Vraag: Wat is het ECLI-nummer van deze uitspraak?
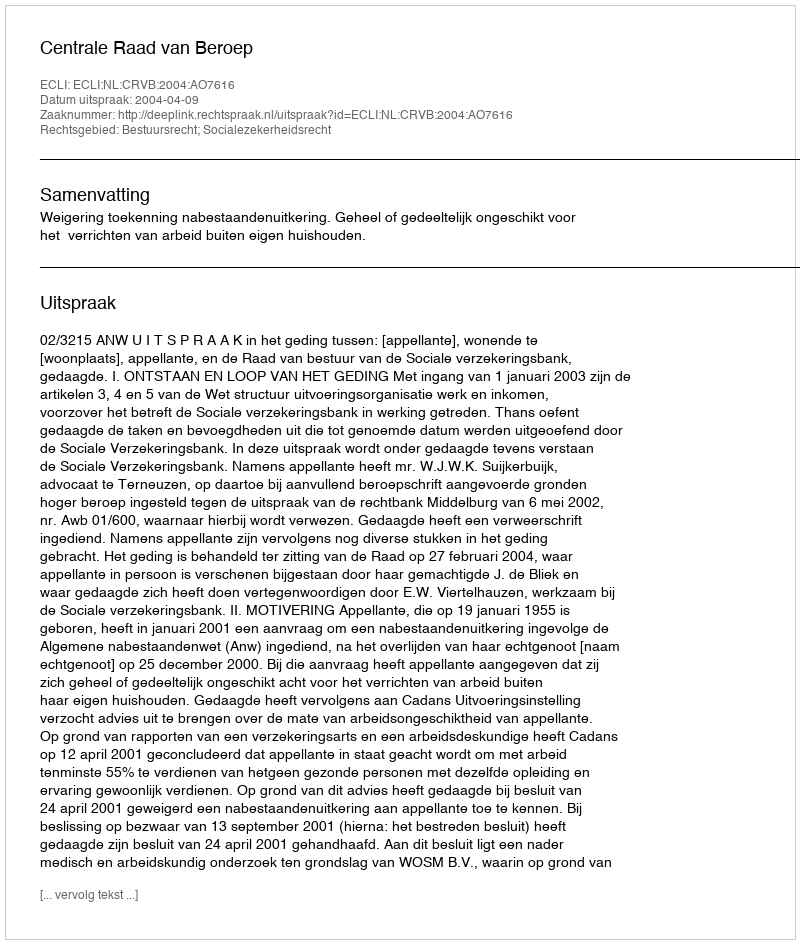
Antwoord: ECLI:NL:CRVB:2004:AO7616